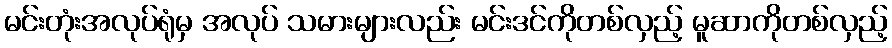
မင်းတုံးအလုပ်ရုံမှ အလုပ် သမားများလည်း မင်းဒင်ကိုတစ်လှည့် မူဆာကိုတစ်လှည့်